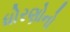
ધોરણોનો